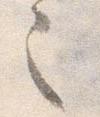
シ